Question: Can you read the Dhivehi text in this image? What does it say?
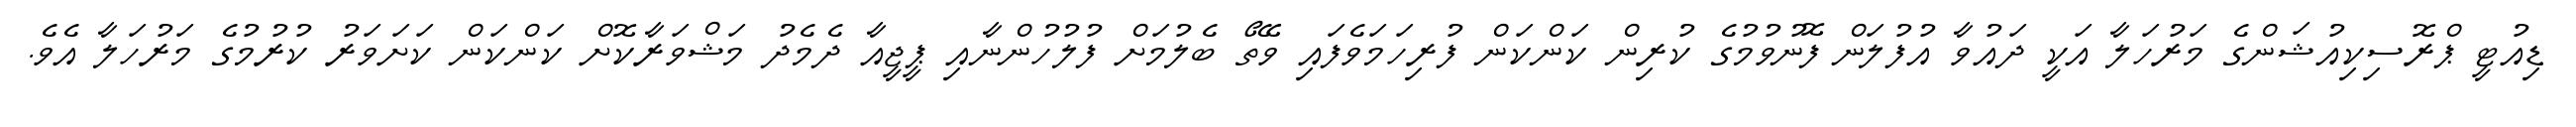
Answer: ޑިއުޓީ ޕްރޮސިކިއުޝަންގެ މަރުހަލާ އަކީ ދައުވާ އުފުލަން ފޮނުވުމުގެ ކުރިން ކަންކަން ފުރިހަމަވެފައި ވޭތޯ ބެލުމަށް ފުލުހުންނާއި ޕީޖީއާ ދެމެދު މަޝްވަރާކޮށް ކަންކަން ކަށަވަރު ކުރުމުގެ މަރުހަލާ އެވެ.